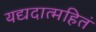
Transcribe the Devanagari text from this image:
यद्यदात्महितं